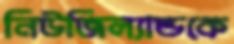
নিউজিল্যান্ডকে